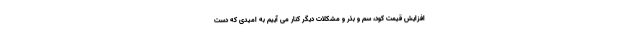
افزایش قیمت کود، سم و بذر و مشکلات دیگر کنار می آییم به امیدی که دست